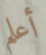
أعلم